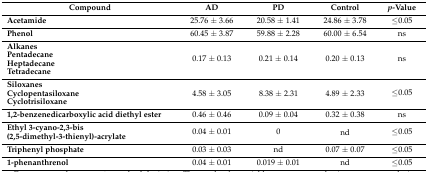
<table><thead><tr><td><b>Compound</b></td><td><b>AD</b></td><td><b>PD</b></td><td><b>Control</b></td><td><b><i>p</i>-Value</b></td></tr></thead><tbody><tr><td><b>Acetamide</b></td><td>25.76 ± 3.66</td><td>20.58 ± 1.41</td><td>24.86 ± 3.78</td><td>≤0.05</td></tr><tr><td><b>Phenol</b></td><td>60.45 ± 3.87</td><td>59.88 ± 2.28</td><td>60.00 ± 6.54</td><td>ns</td></tr><tr><td><b>Alkanes</b></td><td rowspan="4">0.17 ± 0.13</td><td rowspan="4">0.21 ± 0.14</td><td rowspan="4">0.20 ± 0.13</td><td rowspan="4">ns</td></tr><tr><td><b>Pentadecane</b></td></tr><tr><td><b>Heptadecane</b></td></tr><tr><td><b>Tetradecane</b></td></tr><tr><td><b>Siloxanes</b></td><td rowspan="3">4.58 ± 3.05</td><td rowspan="3">8.38 ± 2.31</td><td rowspan="3">4.89 ± 2.33</td><td rowspan="3">≤0.05</td></tr><tr><td><b>Cyclopentasiloxane</b></td></tr><tr><td><b>Cyclotrisiloxane</b></td></tr><tr><td><b>1,2-benzenedicarboxylic acid diethyl ester</b></td><td>0.46 ± 0.46</td><td>0.09 ± 0.04</td><td>0.32 ± 0.38</td><td>ns</td></tr><tr><td><b>Ethyl 3-cyano-2,3-bis (2,5-dimethyl-3-thienyl)-acrylate</b></td><td>0.04 ± 0.01</td><td>0</td><td>nd</td><td>≤0.05</td></tr><tr><td><b>Triphenyl phosphate</b></td><td>0.03 ± 0.03</td><td>nd</td><td>0.07 ± 0.07</td><td>≤0.05</td></tr><tr><td><b>1-phenanthrenol</b></td><td>0.04 ± 0.01</td><td>0.019 ± 0.01</td><td>nd</td><td>≤0.05</td></tr></tbody></table>